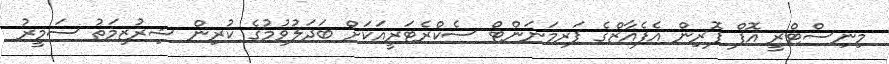
މިނިސްޓްރީ އޮފް ފޮރިން އެފެއާޒްގެ ޕަރމަނަންޓް ސެކްރެޓަރީއަކަށް ބަދަލުވުމުގެ ކުރިން ޝިރުޒިމަތު ސަމީރު